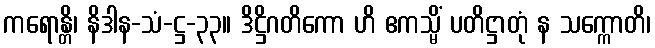
ကရောန္တိ၊ နိဒါန-သံ-ဋ္ဌ-၃၃။ ဒိဋ္ဌိဂတိကော ဟိ ဧကသ္မိံ ပတိဋ္ဌာတုံ န သက္ကောတိ၊